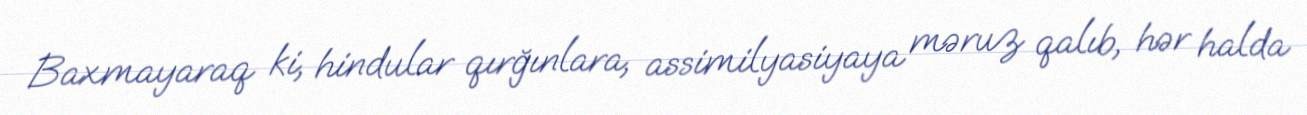
Baxmayaraq ki, hindular qırğınlara, assimilyasiyaya məruz qalıb, hər halda